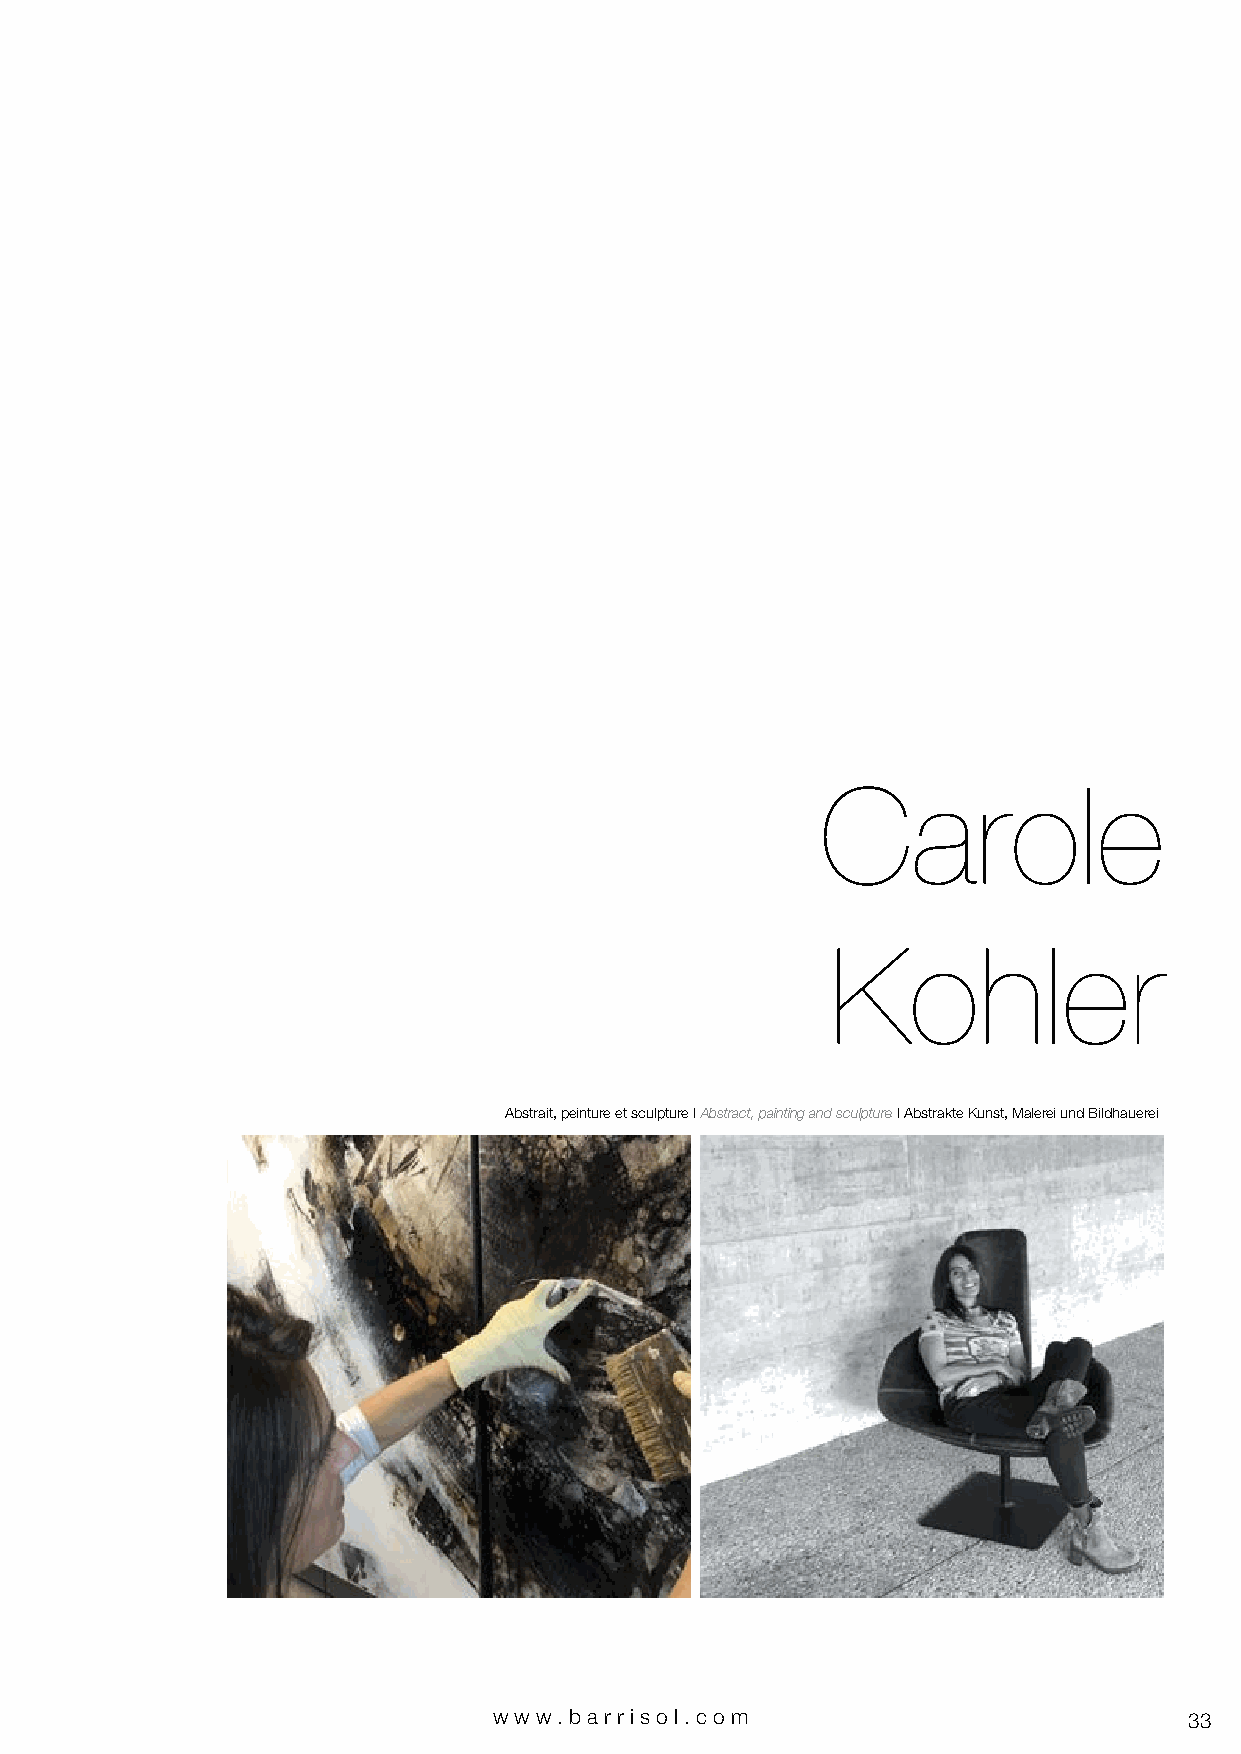
Carole
 Kohler
 Abstrait, peinture et sculpture I Abstract, painting and sculpture I Abstrakte Kunst, Malerei und Bildhauerei
 www.bar riso l. com                           33